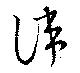
諱